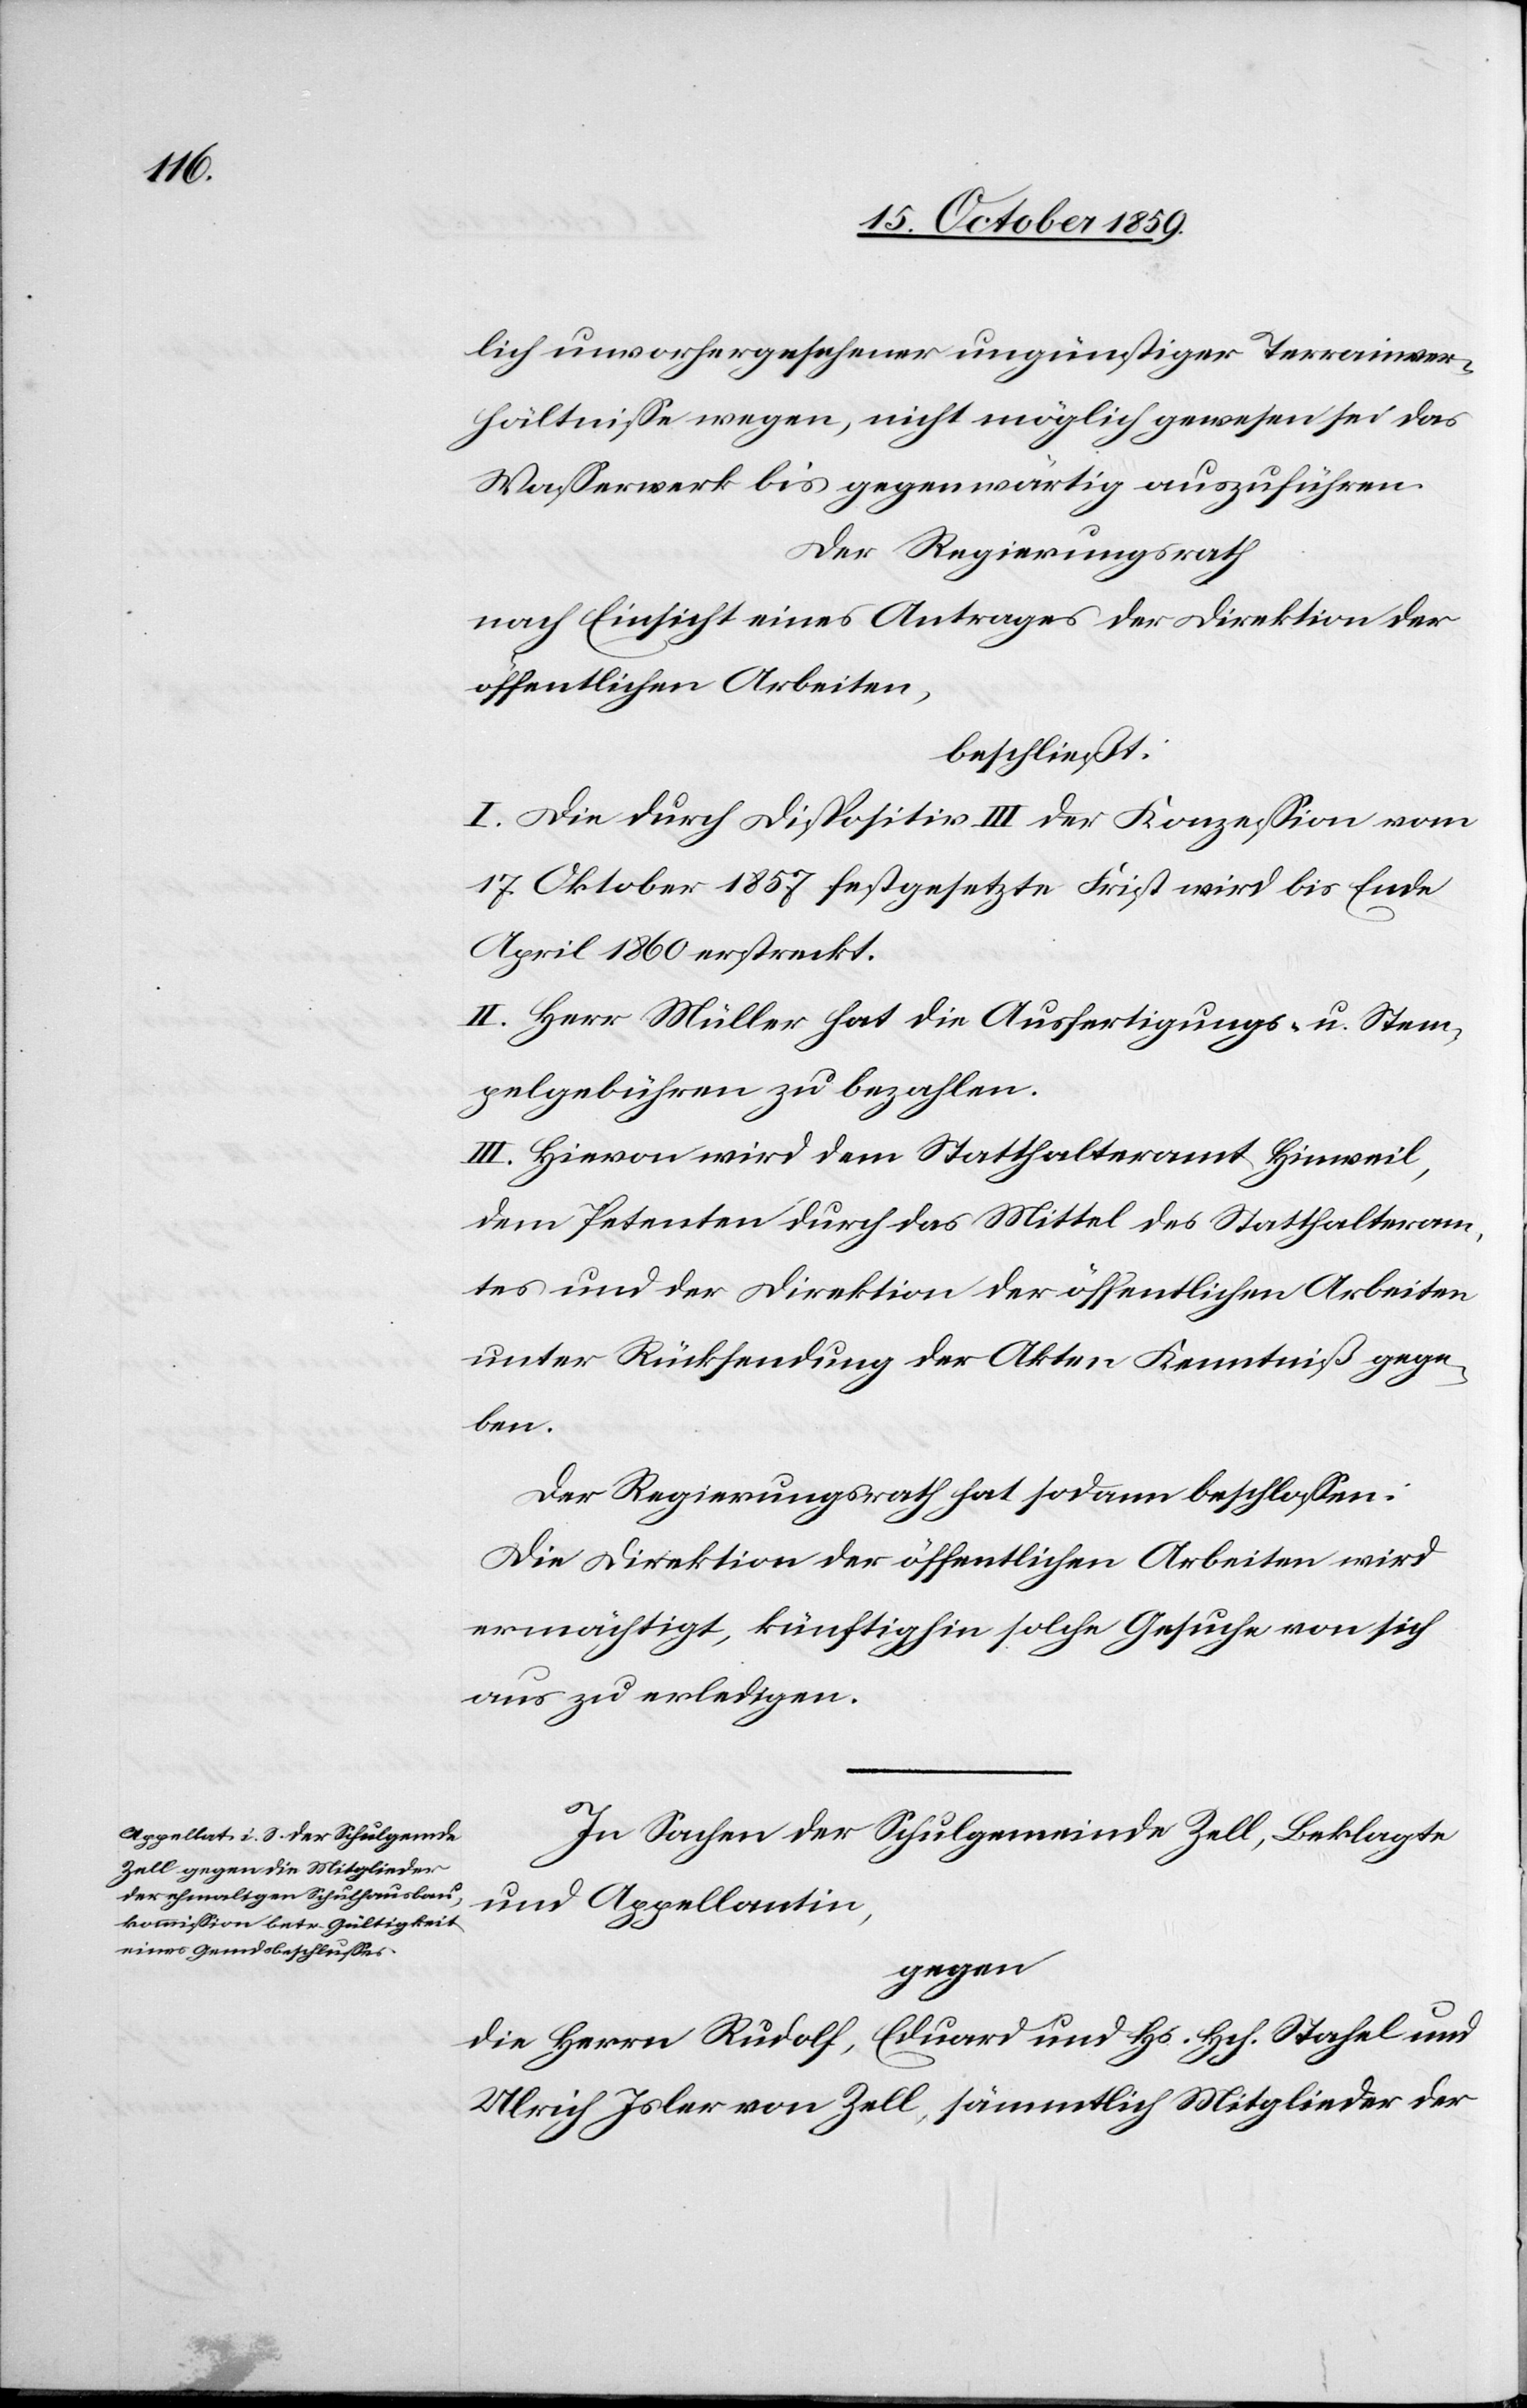
lich unvorhergesehener ungünstiger Terrainver¬
hältnisse wegen, nicht möglich gewesen sei das
Wasserwerk bis gegenwärtig auszuführen.
Der Regierungsrath
nach Einsicht eines Antrages der Direktion der
öffentlichen Arbeiten,
beschließt:
I. Die durch Disposition III der Konzession vom
17. Oktober 1857 festgesetzte Frist wird bis Ende
April 1860 erstreckt.
II. Herr Müller hat die Ausfertigungs- und Stem¬
pelgebühren zu bezahlen.
III. Hievon wird dem Statthalteramt Hinweil,
dem Petenten durch das Mittel des Statthalteram¬
tes und der Direktion der öffentlichen Arbeiten
unter Rücksendung der Akten Kenntniß gege¬
ben.
Der Regierungsrath hat sodann beschlossen:
Die Direktion der öffentlichen Arbeiten wird
ermächtigt künftig solche Gesuche von sich
aus zu erledigen.
In Sachen der Schulgemeinde Zell, Beklagte
und Appellantin,
gegen
Eduard und Hs. Hch. Stahel und
die Herrn Rudolf,
Ulrich Isler von Zell, sämmtlich Mitglieder der